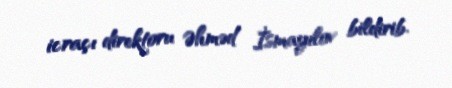
icraçı direktoru Əhməd İsmayılov bildirib.